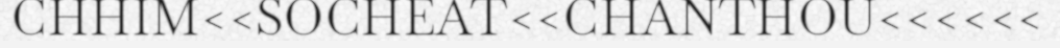
CHHIM<<SOCHEAT<<CHANTHOU<<<<<<